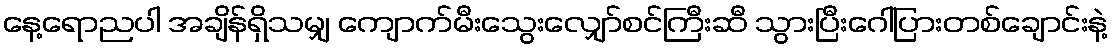
နေ့ရောညပါ အချိန်ရှိသမျှ ကျောက်မီးသွေးလျှော်စင်ကြီးဆီ သွားပြီးဂေါ်ပြားတစ်ချောင်းနဲ့